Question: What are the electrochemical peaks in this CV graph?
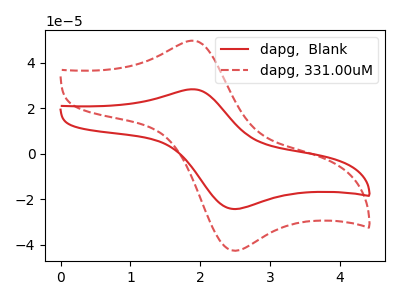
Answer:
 <answer>The red curve "dapg,  Blank" has an anodic peak at (1.90V, 28.30uA) and a cathodic peak at (2.55V, -24.25uA). The red dashed curve "dapg, 331.00uM" has an anodic peak at (1.90V, 49.60uA) and a cathodic peak at (2.55V, -42.50uA).</answer>
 <eval></eval>